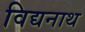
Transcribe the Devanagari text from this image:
विद्यनाथ